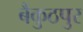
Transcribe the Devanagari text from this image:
बैकुठपुर